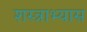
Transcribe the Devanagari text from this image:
शस्त्राभ्यास